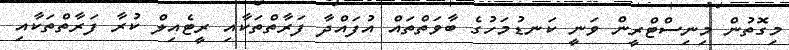
މިގޮތުން މިނިސްޓްރީން ވަނީ ކަނޑުމަހުގެ ބާވަތްތައް އުފައްދާ ފަރާތްތަކާއި ރީޓެއިލް ކުރާ ފަރާތްތަކާއި